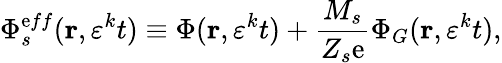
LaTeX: \Phi_{s}^{\mathrm{e}ff}(\mathbf{{r}},\varepsilon^{k}t)\equiv\Phi(\mathbf{{r}},\varepsilon^{k}t)+\frac{{M_{s}}}{{Z_{s}\mathrm{e}}}\Phi_{G}(\mathbf{{r}},\varepsilon^{k}t),